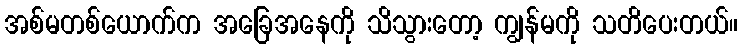
အစ်မတစ်ယောက်က အခြေအနေကို သိသွားတော့ ကျွန်မကို သတိပေးတယ်။